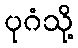
ပုဂံသို့